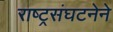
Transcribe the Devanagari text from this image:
राष्ट्रसंघटनेने